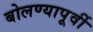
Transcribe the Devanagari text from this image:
बोलण्यापूर्वी